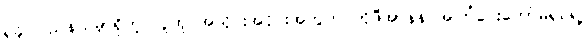
ရခိုင်ပြည်နယ်မှာရှိတဲ့ လူထု အသိုင်းအဝိုင်းအတွက် ကိုဖီအာနန် အကြံပေးကော်မရှင်ရဲ့